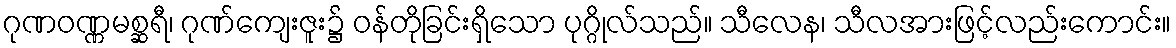
ဂုဏဝဏ္ဏမစ္ဆရီ၊ ဂုဏ်ကျေးဇူး၌ ဝန်တိုခြင်းရှိသော ပုဂ္ဂိုလ်သည်။ သီလေန၊ သီလအားဖြင့်လည်းကောင်း။